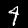
Digit: 4